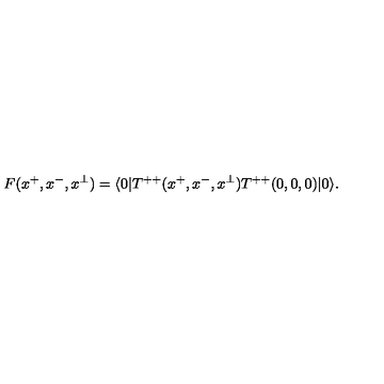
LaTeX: F ( x ^ { + } , x ^ { - } , x ^ { \perp } ) = \langle 0 | T ^ { + + } ( x ^ { + } , x ^ { - } , x ^ { \perp } ) T ^ { + + } ( 0 , 0 , 0 ) | 0 \rangle .